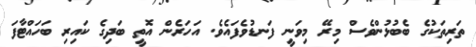
ތަރިތަކުގެ ބެބުޅުންވެސް މިރޭ މިވަނީ ފަނޑުވެފައެވެ. އަހަރެން އޮތީ ބަދިގެ ކައިރި ބަހައްޓާފަ